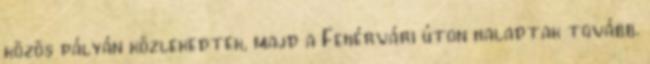
közös pályán közlekedtek, majd a Fehérvári úton haladtak tovább.